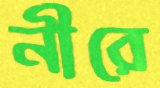
নীরে